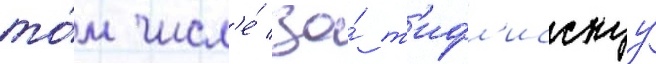
то́м числ'е́ за́ т'ифл'исскуу